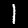
Digit: 1